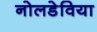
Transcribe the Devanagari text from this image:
नोलडेविया